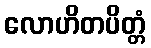
လောဟိတပိတ္တံ